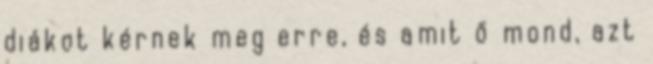
diákot kérnek meg erre, és amit ő mond, azt